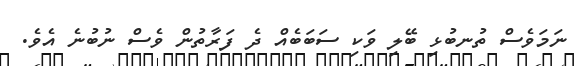
ނަމަވެސް ތުނބުޅި ބޭލި ވަކި ސަބަބެއް ދެ ފަރާތުން ވެސް ނުބުނެ އެވެ.